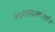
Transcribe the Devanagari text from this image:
२०१३सालापर्यंत